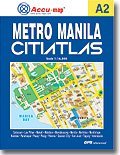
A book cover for Metro Manila Street Atlas (Citiatlas); Asiatype; Travel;